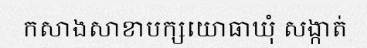
កសាងសាខាបក្សយោធាឃុំ សង្កាត់